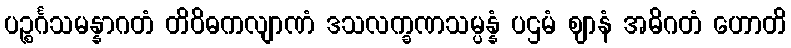
ပဉ္စင်္ဂသမန္နာဂတံ တိဝိဓကလျာဏံ ဒသလက္ခဏသမ္ပန္နံ ပဌမံ ဈာနံ အဓိဂတံ ဟောတိ